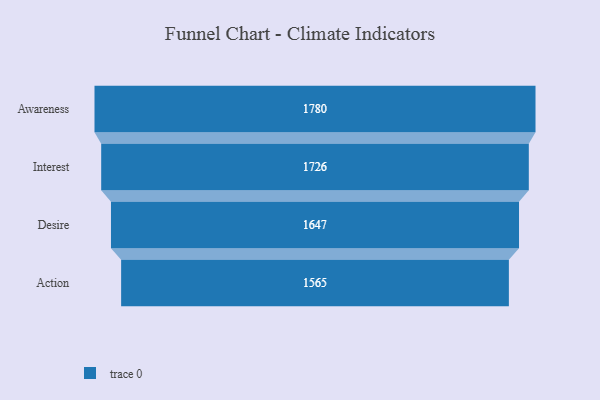
{"axis": {"x": "Stage", "y": "Value"}, "legend": [""], "data": [{"x": "Awareness", "y": 1780.0, "type": ""}, {"x": "Interest", "y": 1726.0, "type": ""}, {"x": "Desire", "y": 1647.0, "type": ""}, {"x": "Action", "y": 1565.0, "type": ""}]}